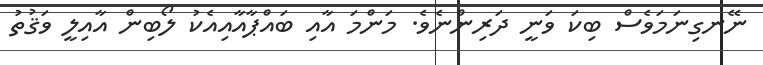
ނޭނގިނަމަވެސް ބިކަ ވަނީ ދަރިންނެވެ. މަންމަ އާއި ބައްޕާއާއިއެކު ލޯބިން އާއިލީ ވަޤުތު